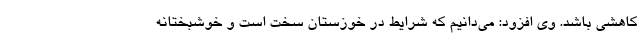
کاهشی باشد. وی افزود: می‌دانیم که شرایط در خوزستان سخت است و خوشبختانه